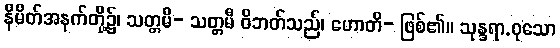
နိမိတ်အနက်တို့၌၊ သတ္တမီ- သတ္တမီ ဝိဘတ်သည်၊ ဟောတိ- ဖြစ်၏။ သုန္ဒရာ.ဝုသော